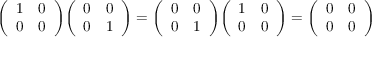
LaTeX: { \left( \begin{array} { l l } { 1 } & { 0 } \\ { 0 } & { 0 } \end{array} \right) } { \left( \begin{array} { l l } { 0 } & { 0 } \\ { 0 } & { 1 } \end{array} \right) } = { \left( \begin{array} { l l } { 0 } & { 0 } \\ { 0 } & { 1 } \end{array} \right) } { \left( \begin{array} { l l } { 1 } & { 0 } \\ { 0 } & { 0 } \end{array} \right) } = { \left( \begin{array} { l l } { 0 } & { 0 } \\ { 0 } & { 0 } \end{array} \right) }